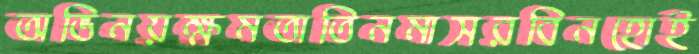
অভিনয়ক্ষমতাতিনমাসরবিনহোই